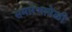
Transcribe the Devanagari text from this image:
समारंभावेळी